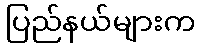
ပြည်နယ်များက